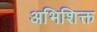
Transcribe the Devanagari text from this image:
अभिशिक्त